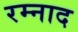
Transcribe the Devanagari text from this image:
रम्नाद